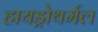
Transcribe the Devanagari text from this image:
हायड्रोथर्मल